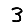
Digit: 3